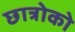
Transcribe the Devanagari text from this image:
छात्रोको